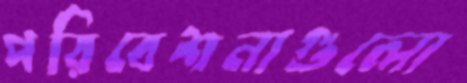
পরিবেশনাগুলো